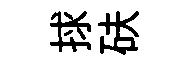
捄砆